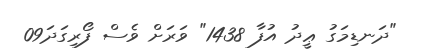
"ދަނޑިމަގު ޢީދު އުފާ 1438" ވަރަށް ވެސް ފޯރިގަދަ09